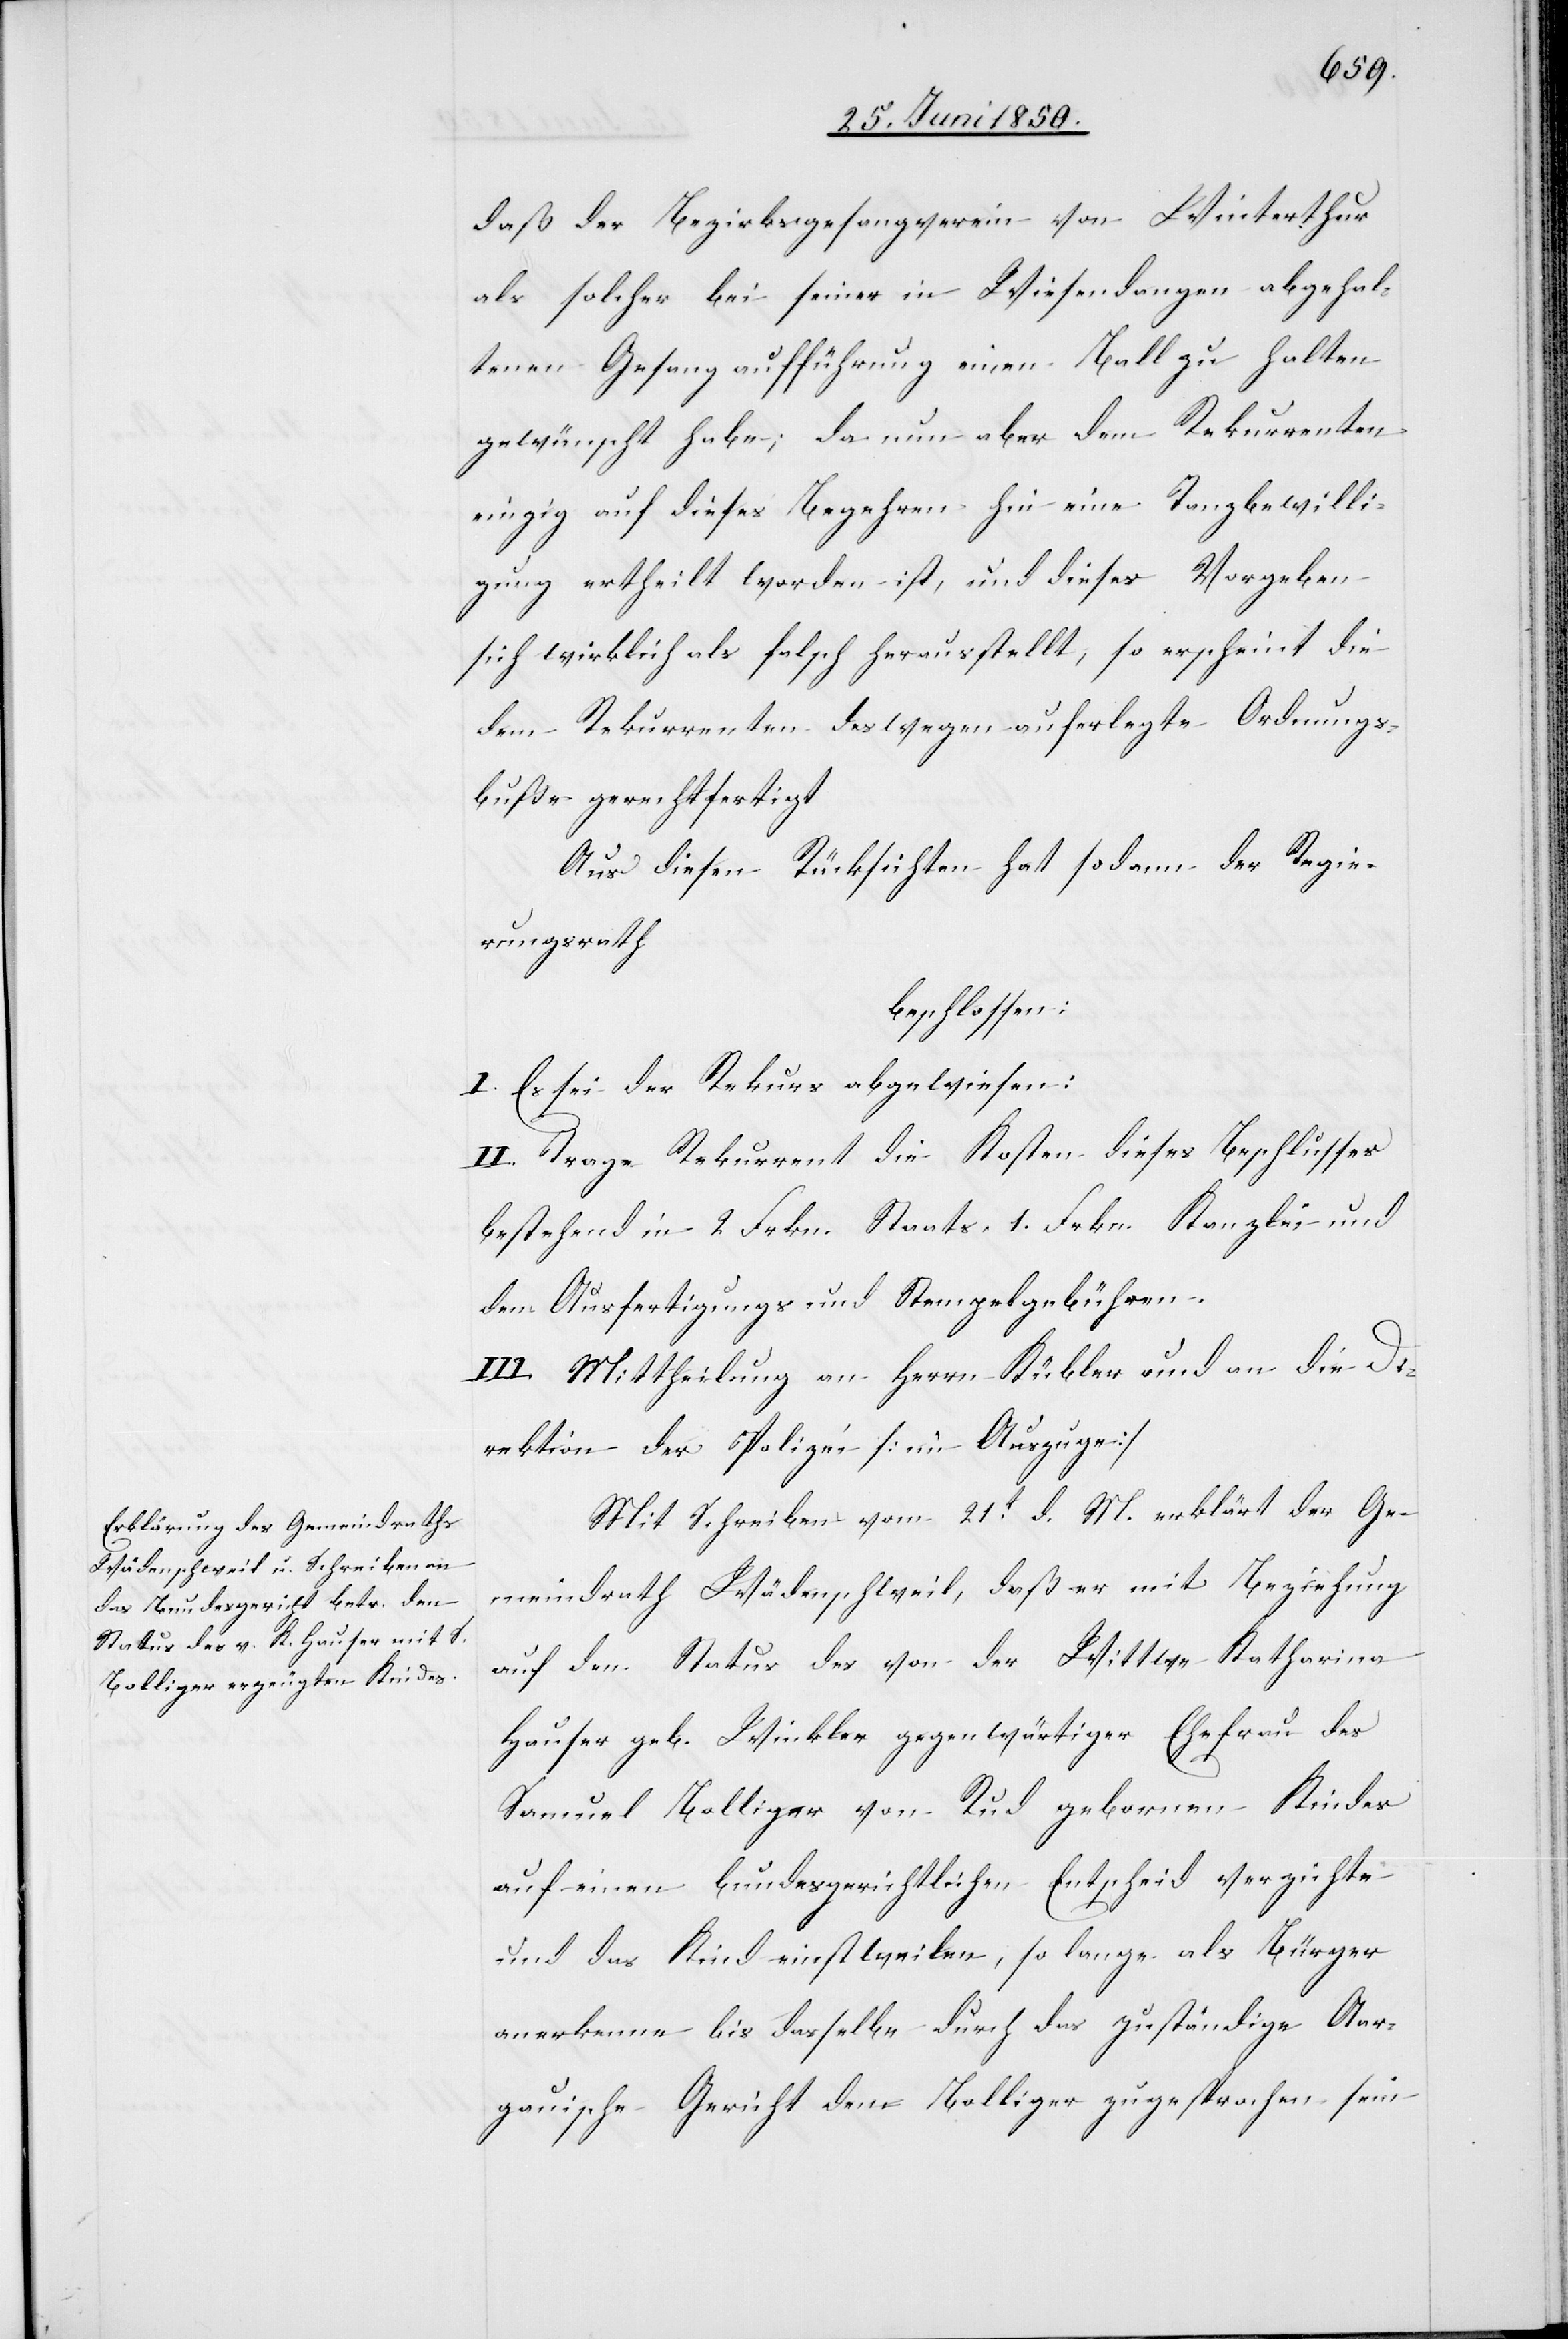
daß der Bezirksgesangverein von Winterthur
als solcher bei seiner in Wiesendangen abgehal¬
tenen Gesangaufführung einen Ball zu halten
gewünscht habe; da nun aber dem Rekurrenten
einzig auf dieses Begehren hin eine Tanzbewilli¬
gung ertheilt worden ist, und dieses Vorgeben
sich wirklich als falsch herausstellt, so erscheint die
dem Rekurrenten deswegen auferlegte Ordnungs¬
buße gerechtfertigt[.]
Aus diesen Rücksichten hat sodann der Regie¬
rungsrath
beschlossen:
I. Es sei der Rekurs abgewiesen:
II. Trage Rekurrent die Kosten dieses Beschlusses
bestehend in 2. Frkn. Staats- 1. Frkn. Kanzlei- und
die Ausfertigungs[-] und Stempelgebühren.
III. Mittheilung an Herrn Kübler und an die Di¬
rektion der Polizei [im Auszuge]
Mit Schreiben vom 21t d. M. erklärt der Ge¬
meindrath Wädenschweil, daß er mit Beziehung
auf den Status des von der Wittwe Katharina
Hauser geb. Winkler gegenwärtiger Ehefrau des
Samuel Bolliger von Rud gebornen Kindes
auf einen bundesgerichtlichen Entscheid verzichte
und das Kind einstweilen, so lange als Bürger
anerkenne bis dasselbe durch das zuständige Aar¬
gauische Gericht dem Bolliger zugesprochen sein